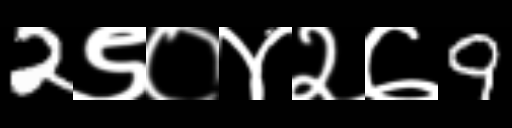
Text: 2९०४२७9